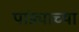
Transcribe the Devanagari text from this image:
पांड्याच्या